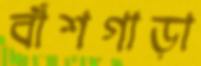
বাঁশগাড়া